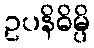
ဥပနိဓိမ္ပိ